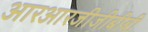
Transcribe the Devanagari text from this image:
आरआरजीजीबीबी